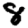
Digit: 8